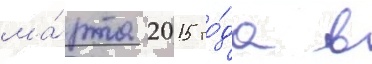
ма́рта 2015 го́да в